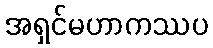
အရှင်မဟာကဿပ